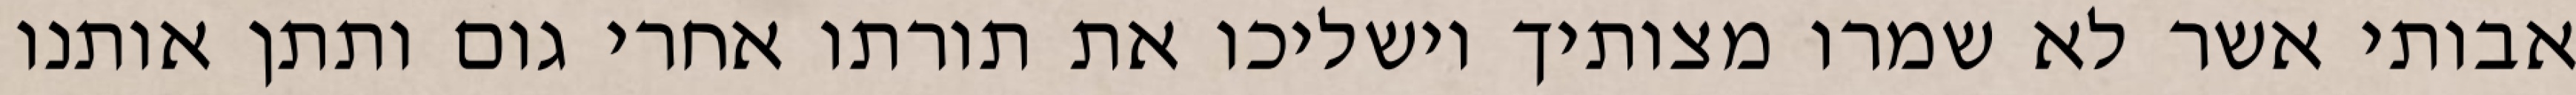
אבותי אשר לא שמרו מצותיך וישליכו את תורתו אחרי גום ותתן אותנו